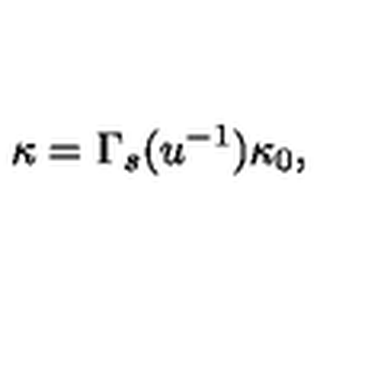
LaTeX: \kappa = \Gamma _ { s } ( u ^ { - 1 } ) \kappa _ { 0 } ,